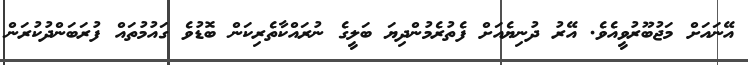
އޭނައަށް މަޖުބޫރުވީއެވެ. އޭރު ދުނިޔެއަށް ފެތުރެމުންދިޔަ ބަލީގެ ނުރައްކާތެރިކަން ބޮޑުވެ ގައުމުތައް ފުރަބަންދުކުރަން